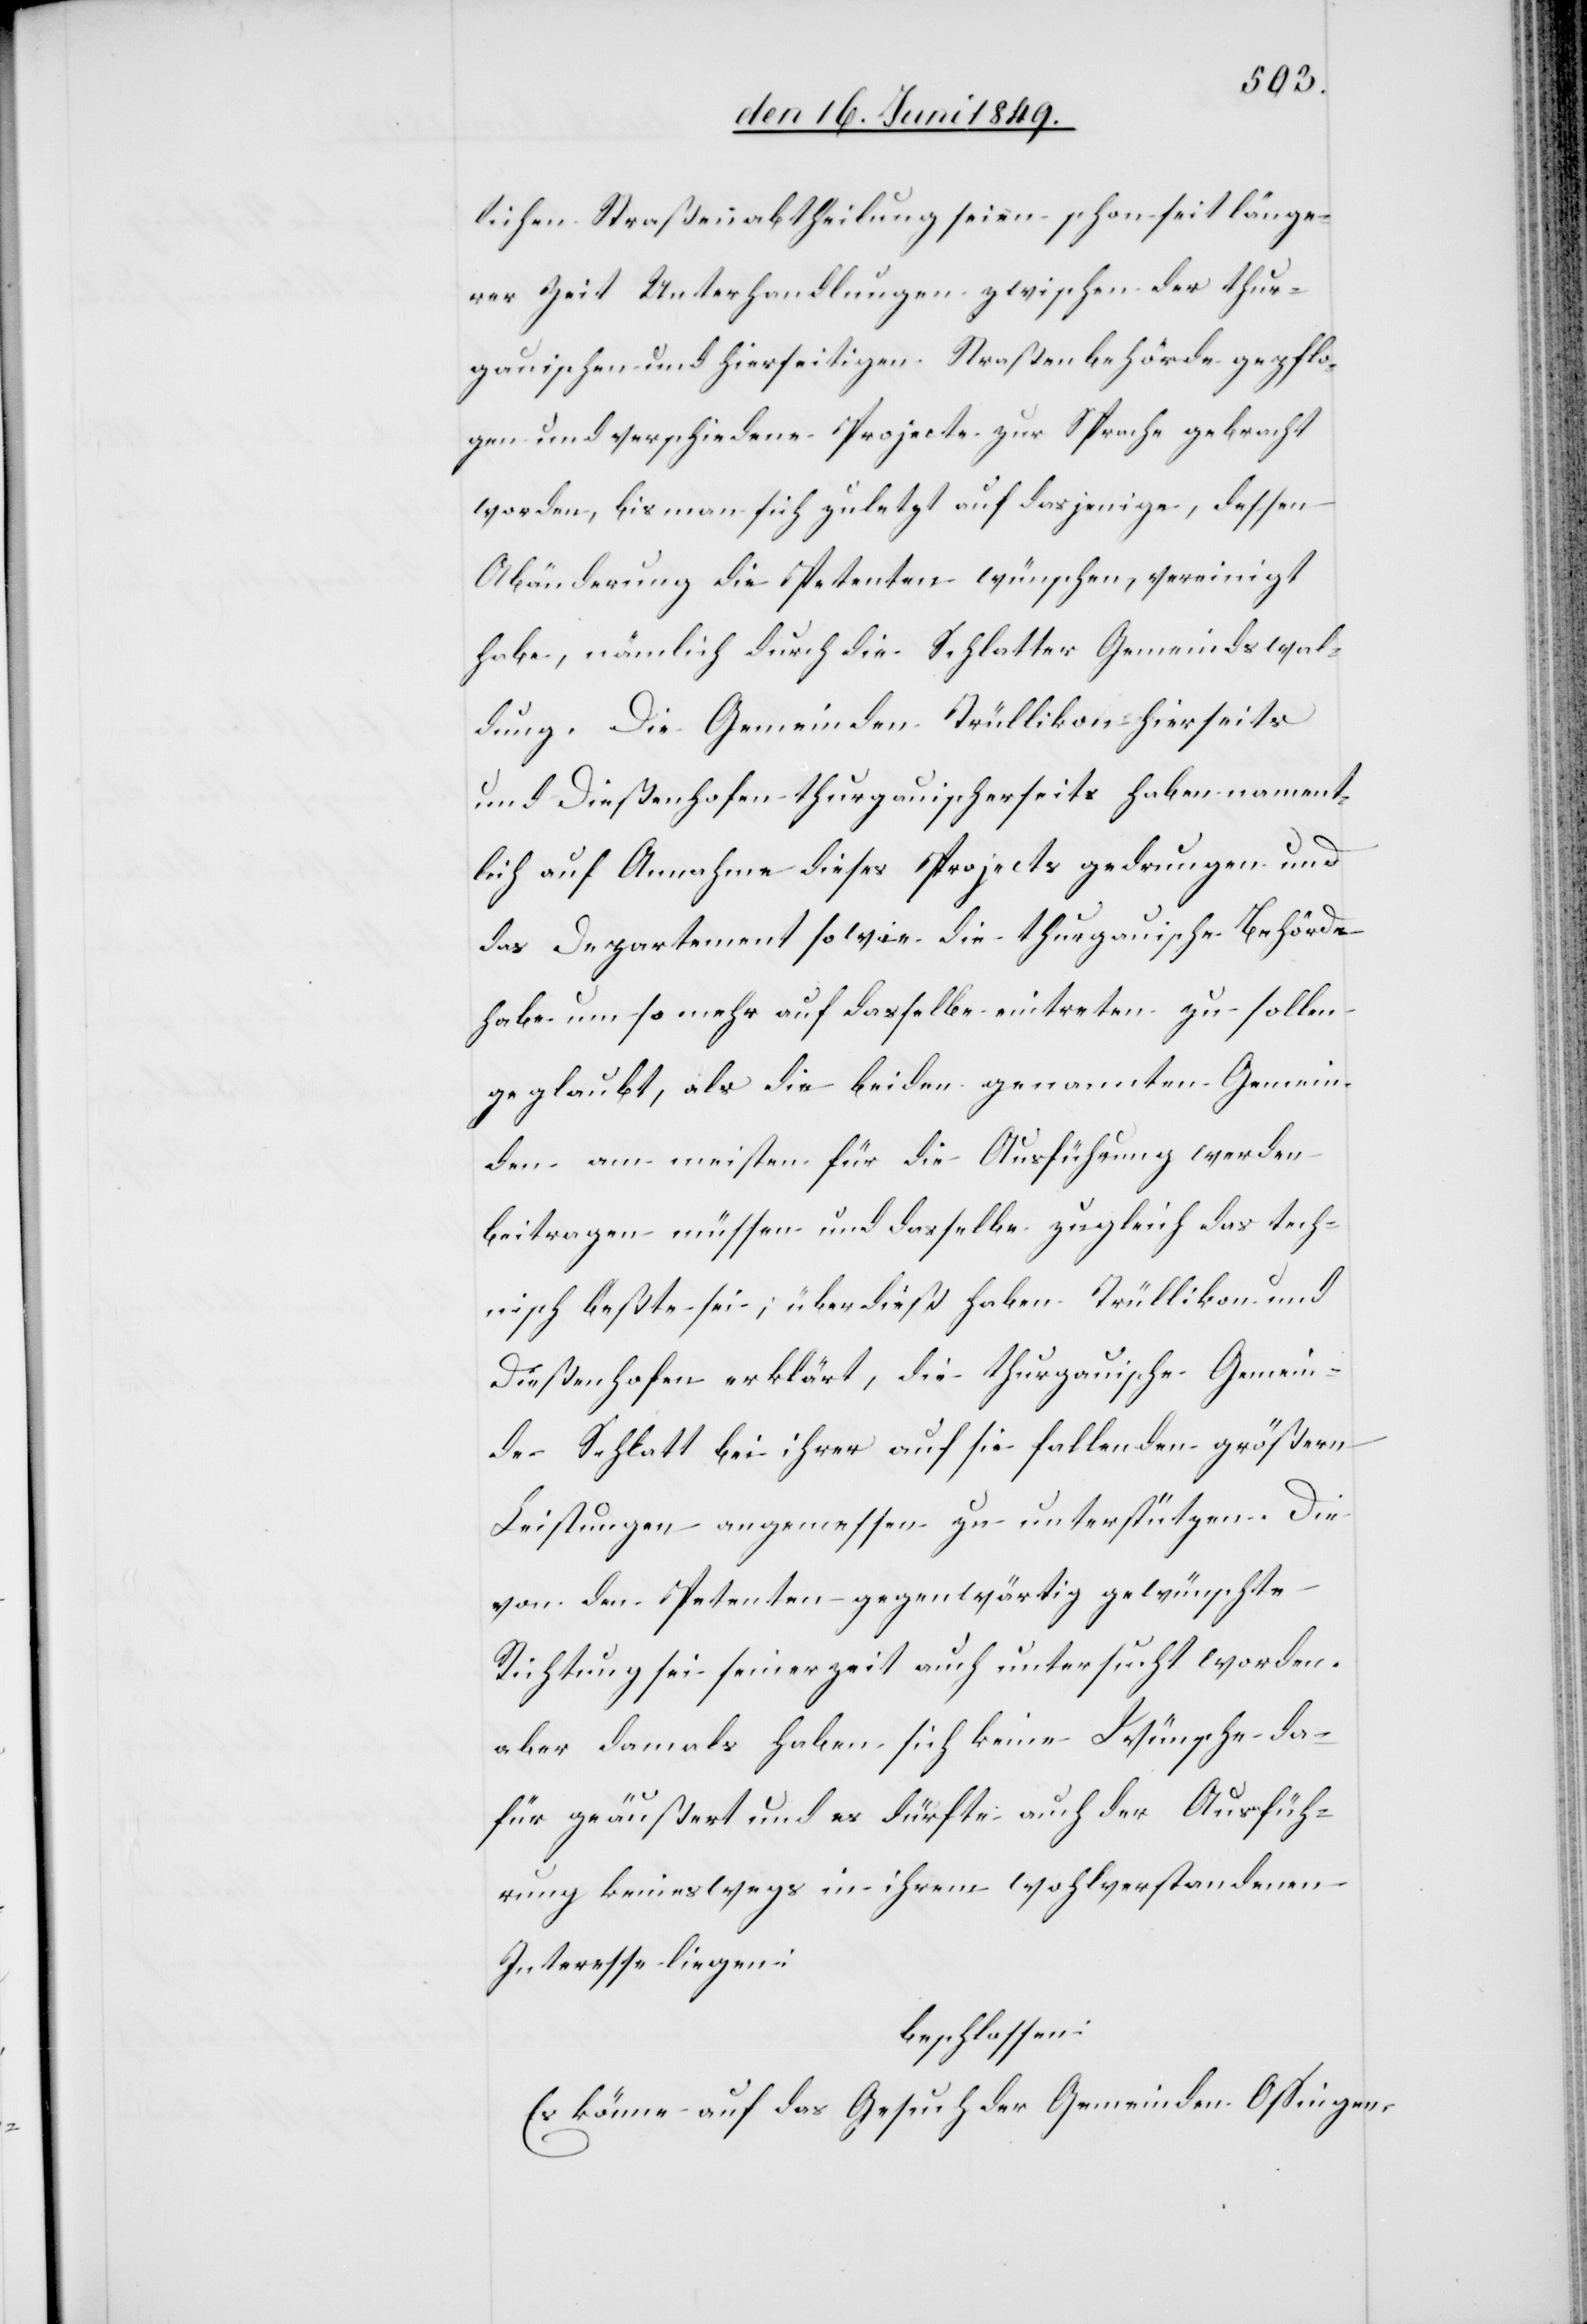
lichen Straßenabtheilung seien schon seit länge¬
rer Zeit Unterhandlungen zwischen der thur¬
gauischen und hierseitigen Straßenbehörde gepflo¬
gen und verschiedene Projecte zur Sprache gebracht
worden, bis man sich zuletzt auf dasjenige, dessen
Abänderung die Petenten wünschen, vereinigt
habe, nämlich durch die Schlatter Gemeindswal¬
dung. Die Gemeinden Trüllikon hierseits
und Dießenhofen thurgauischerseits haben nament¬
lich auf Annahme dieses Projects gedrungen und
das Departement sowie die thurgauische Behörde
habe um so mehr auf dasselbe eintreten zu sollen
geglaubt, als die beiden genannten Gemein¬
den am meisten für die Ausführung werden
beitragen müssen und dasselbe zugleich das tech¬
nisch beßte sei, überdieß haben Trüllikon und
Dießenhofen erklärt, die thurgauische Gemein¬
de Schlatt bei ihrer auf sie fallenden größern
Leistungen angemessen zu unterstützen. Die
von den Petenten gegenwärtig gewünschte
Richtung sei seinerzeit auch untersucht worden,
aber damals haben sich keine Wünsche da¬
für geäußert und es dürfte auch der Ausfüh¬
rung keineswegs in ihrem wohlverstandenen
Interesse liegen:
beschlossen:
Es könne auf das Gesuch der Gemeinden Ossingen,